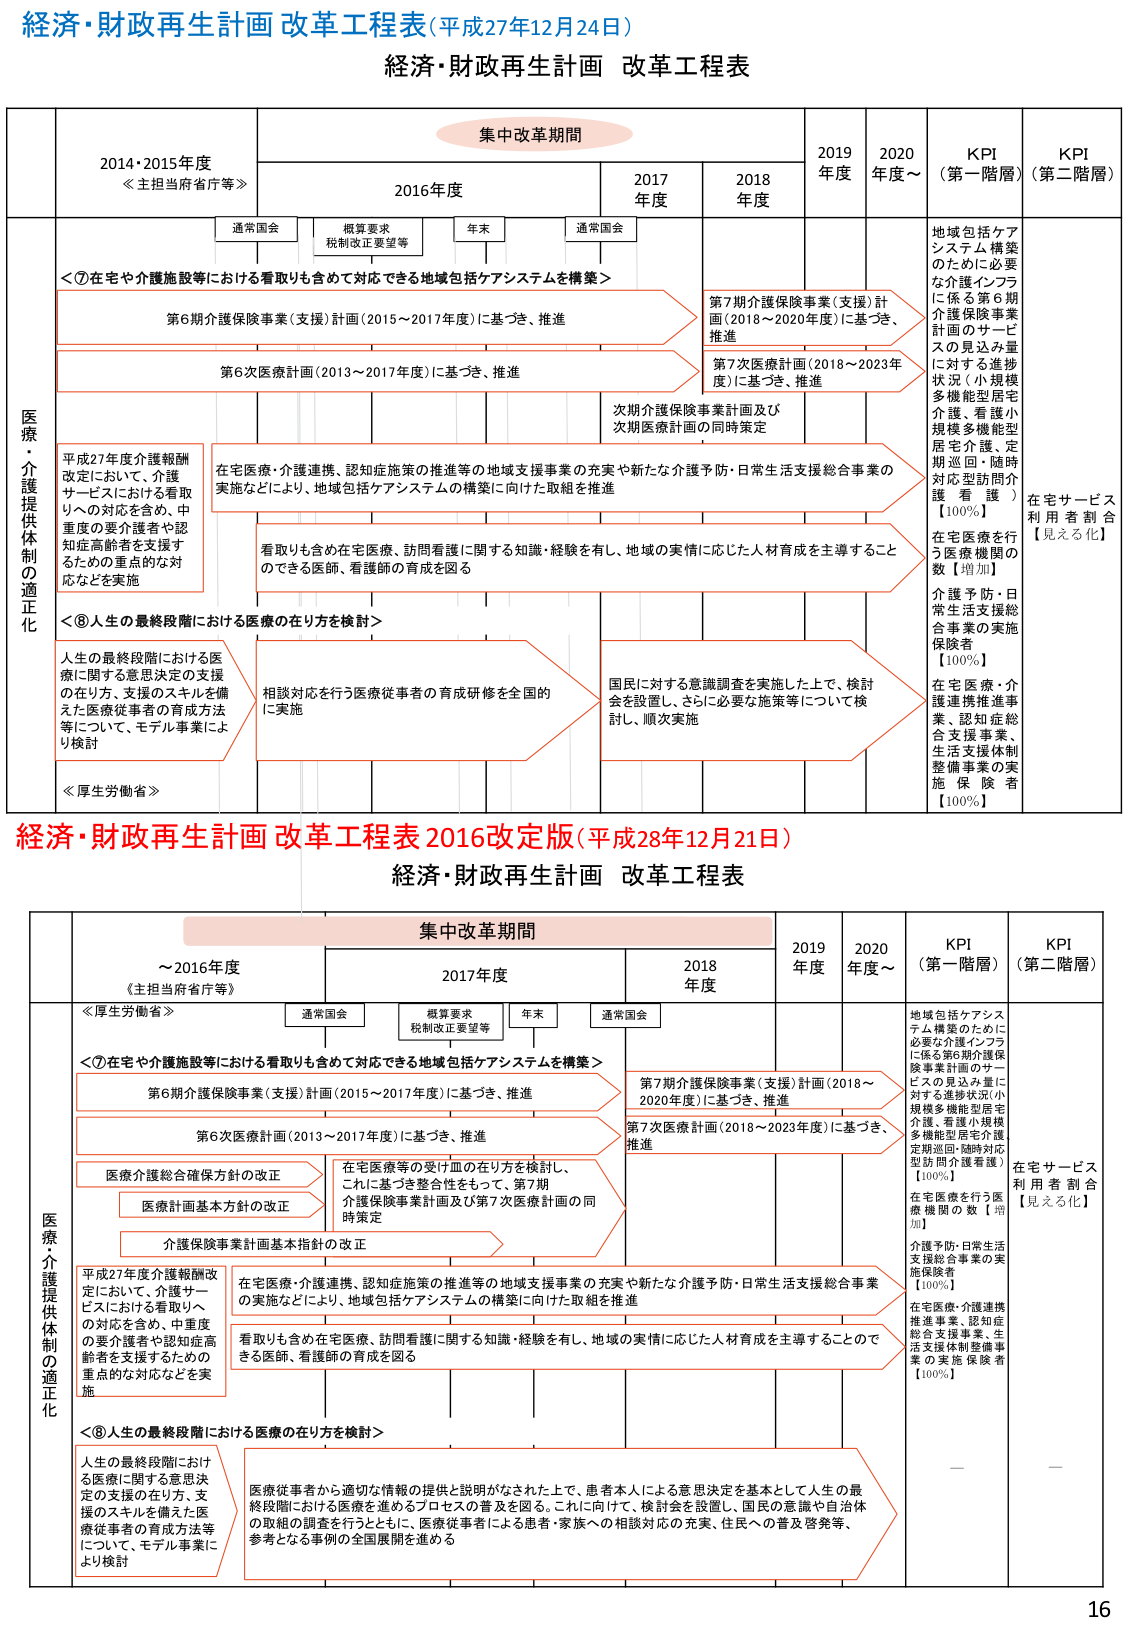
経済・財政再生計画 改革工程表（平成27年12月24日）
経済・財政再生計画 改革工程表

集中改革期間
2014年度・2015年度
≪主担当府省庁等≫
2016年度
2017年度
2018年度
2019年度
2020年度～
KPI（第一階層）
KPI（第二階層）

通常国会
概算要求
税制改正要望等
年末
通常国会

医療・介護提供体制の適正化

＜⑦在宅や介護施設等における看取りも含めて対応できる地域包括ケアシステムを構築＞
第6期介護保険事業（支援）計画（2015～2017年度）に基づき、推進
第6次医療計画（2013～2017年度）に基づき、推進
第7期介護保険事業（支援）計画（2018～2020年度）に基づき、推進
第7次医療計画（2018～2023年度）に基づき、推進
次期介護保険事業計画及び次期医療計画の同時策定

平成27年度介護報酬改定において、介護サービスにおける看取りへの対応を含め、中重度の要介護者や認知症高齢者を支援するための重点的な対応などを実施
在宅医療・介護連携、認知症施策の推進等の地域支援事業の充実や新たな介護予防・日常生活支援総合事業の実施などにより、地域包括ケアシステムの構築に向けた取組を推進
看取りも含め在宅医療、訪問看護に関する知識・経験を有し、地域の実情に応じた人材育成を主導することのできる医師、看護師の育成を図る

＜⑧人生の最終段階における医療の在り方を検討＞
人生の最終段階における医療に関する意思決定の支援の在り方、支援のスキルを備えた医療従事者の育成方法等について、モデル事業により検討
相談対応を行う医療従事者の育成研修を全国的に実施
国民に対する意識調査を実施した上で、検討会を設置し、さらに必要な施策等について検討し、順次実施

KPI（第一階層）
地域包括ケアシステム構築のために必要な介護インフラに係る第6期介護保険事業計画のサービスの見込み量に対する進捗状況（小規模多機能型居宅介護、看護小規模多機能型居宅介護、定期巡回・随時対応型訪問介護 看護）【100%】
在宅医療を行う医療機関の数【増加】
介護予防・日常生活支援総合事業の実施保険者【100%】
在宅医療・介護連携推進事業、認知症総合支援事業、生活支援体制整備事業の実施保険者【100%】

KPI（第二階層）
在宅サービス利用者割合【見える化】

経済・財政再生計画 改革工程表 2016改定版（平成28年12月21日）
経済・財政再生計画 改革工程表

集中改革期間
～2016年度
《主担当府省庁等》
2017年度
2018年度
2019年度
2020年度～
KPI（第一階層）
KPI（第二階層）

通常国会
概算要求
税制改正要望等
年末
通常国会

医療・介護提供体制の適正化

＜⑦在宅や介護施設等における看取りも含めて対応できる地域包括ケアシステムを構築＞
第6期介護保険事業（支援）計画（2015～2017年度）に基づき、推進
第6次医療計画（2013～2017年度）に基づき、推進
第7期介護保険事業（支援）計画（2018～2020年度）に基づき、推進
第7次医療計画（2018～2023年度）に基づき、推進
医療介護総合確保方針の改正
医療計画基本方針の改正
介護保険事業計画基本指針の改正
在宅医療等の受け皿の在り方を検討し、これに基づき整合性をもって、第7期介護保険事業計画及び第7次医療計画の同時策定

平成27年度介護報酬改定において、介護サービスにおける看取りへの対応を含め、中重度の要介護者や認知症高齢者を支援するための重点的な対応などを実施
在宅医療・介護連携、認知症施策の推進等の地域支援事業の充実や新たな介護予防・日常生活支援総合事業の実施などにより、地域包括ケアシステムの構築に向けた取組を推進
看取りも含め在宅医療、訪問看護に関する知識・経験を有し、地域の実情に応じた人材育成を主導することのできる医師、看護師の育成を図る

＜⑧人生の最終段階における医療の在り方を検討＞
人生の最終段階における医療に関する意思決定の支援の在り方、支援のスキルを備えた医療従事者の育成方法等について、モデル事業により検討
医療従事者から適切な情報の提供と説明がなされた上で、患者本人による意思決定を基本として人生の最終段階における医療を進めるプロセスの普及を図る。これに向けて、検討会を設置し、国民の意識や自治体の取組の調査を行うとともに、医療従事者による患者・家族への相談対応の充実、住民への普及啓発等、参考となる事例の全国展開を進める

KPI（第一階層）
地域包括ケアシステム構築のために必要な介護インフラに係る第6期介護保険事業計画のサービスの見込み量に対する進捗状況（小規模多機能型居宅介護、看護小規模多機能型居宅介護、定期巡回・随時対応型訪問介護看護）【100%】
在宅医療を行う医療機関の数【増加】
介護予防・日常生活支援総合事業の実施保険者【100%】
在宅医療・介護連携推進事業、認知症総合支援事業、生活支援体制整備事業の実施保険者【100%】

KPI（第二階層）
在宅サービス利用者割合【見える化】

16